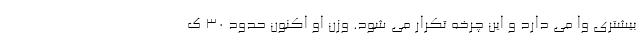
بیشتری وا می دارد و این چرخه تکرار می شود. وزن او اکنون حدود 30 ک